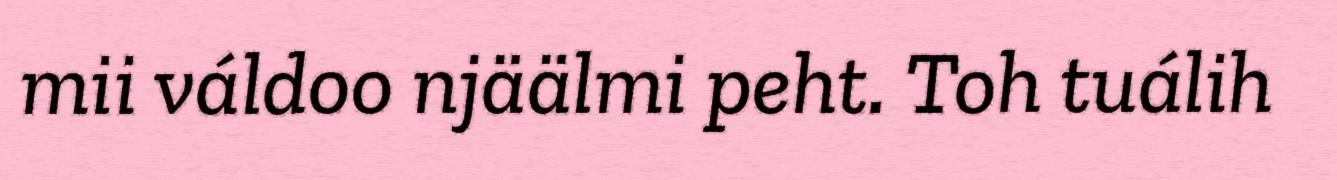
mii váldoo njäälmi peht. Toh tuálih